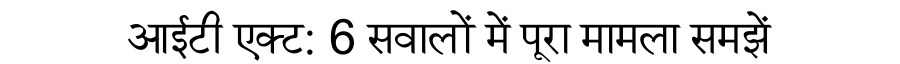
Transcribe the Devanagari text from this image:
आईटी एक्ट: 6 सवालों में पूरा मामला समझें